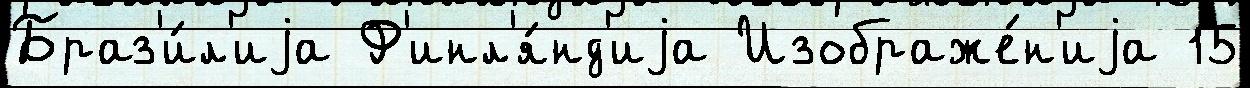
Браз'и́л'иjа Ф'инл'я́нд'иjа Изображе́н'иjа 15